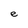
Character: e